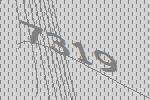
7319